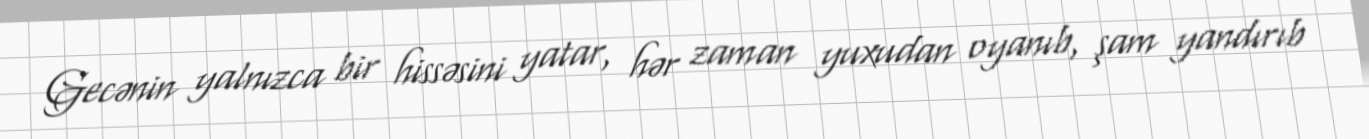
Gecənin yalnızca bir hissəsini yatar, hər zaman yuxudan oyanıb, şam yandırıb